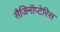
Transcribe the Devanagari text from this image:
सैजिनॉप्टेरिस